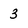
Character: 3